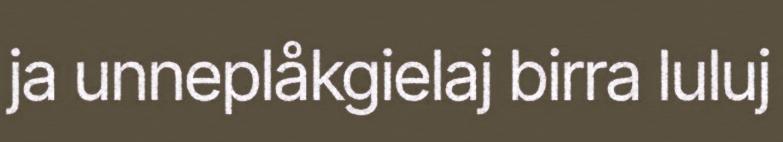
ja unneplåkgielaj birra luluj